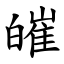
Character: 皠